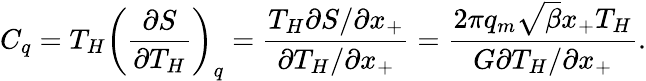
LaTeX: C_{q}=T_{H}\left(\frac{\partial S}{\partial T_{H}}\right)_{q}=\frac{T_{H}\partial S/\partial x_{+}}{\partial T_{H}/\partial x_{+}}=\frac{2\pi q_{m}\sqrt{\beta}x_{+}T_{H}}{G\partial T_{H}/\partial x_{+}}.